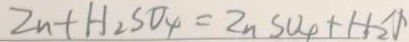
Z n + H _ { 2 } S O _ { 4 } = Z n S O _ { 4 } + H _ { 2 } \uparrow